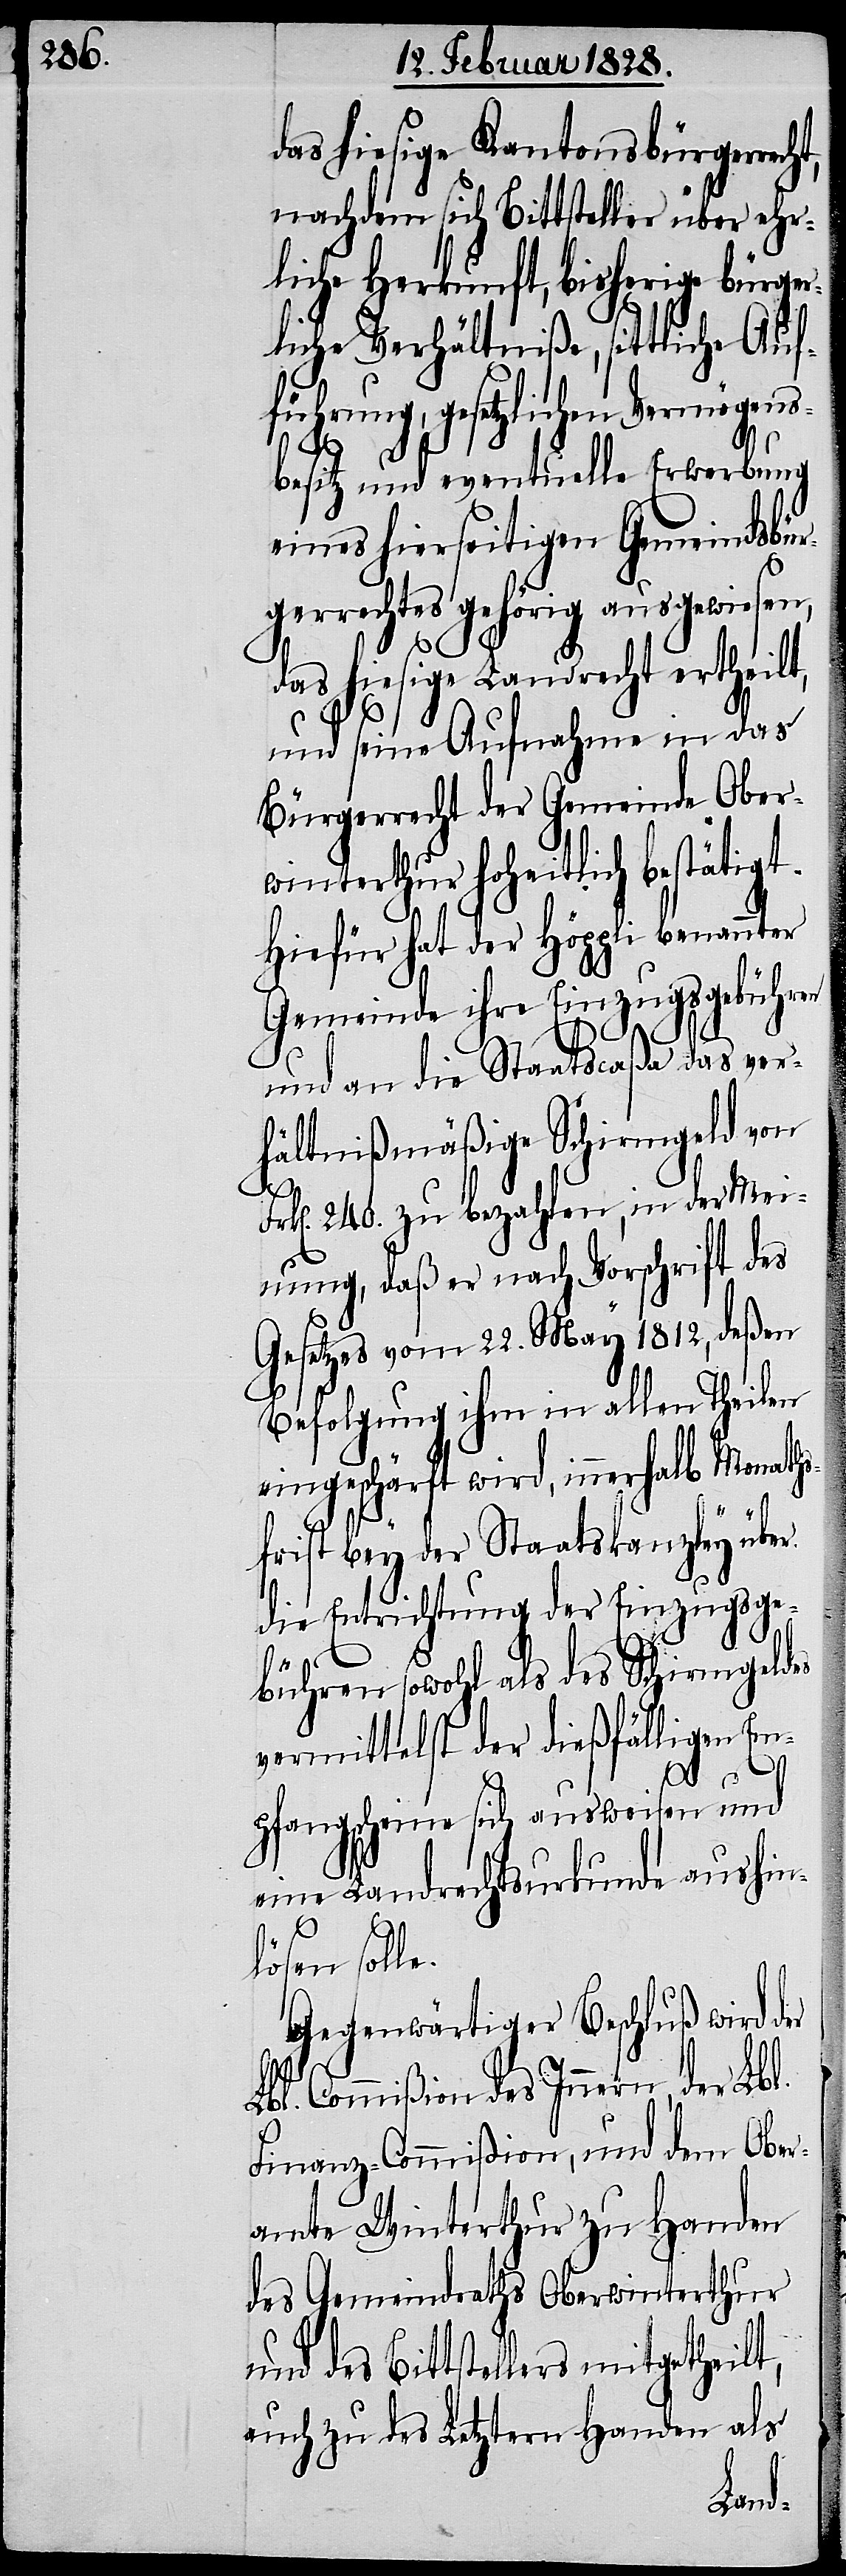
das hiesige Kantonsbürgerrech¬
nachdem sich Bittsteller über ehr¬
liche Herkunft, bisherige bürger¬
liche Verhältniße, sittliche Auf¬
führung, gesetzlichen Vermögens¬
besitz und eventuelle Erwerbung
eines hierseitigen Gemeindsbür¬
gerrechtes gehörig ausgewiesen,
das hiesige Landrecht ertheilt,
und seine Aufnahme in das
Bürgerrecht der Gemeinde Ober¬
winterthur hoheitlich bestätigt.
Hiefür hat der Höppli benannter
Gemeinde ihre Einzugebühren
und an die Staatscaßa das ver¬
hältnißmäßige Schirmgeld von
k[en]. 240. zu bezahlen, in der Mei¬
nung, daß er nach Vorschrift des
Gesetzes vom 22. May 1812, deßen
Befolgung ihm in allen Theilen
eingeschärft wird, innerhalb Monaths¬
frist bey der Staatskanzley über
die Entrichtung der Einzugsge¬
t,
bühren sowohl als des Schirmgeldes
vermittelst der dießfälligen Em¬
pfangscheine sich ausweisen und
eine Landrechtsurkunde aushin¬
lösen solle.
Gegenwärtiger Beschluß wird der
Lbl. Commißion des Innern, der
Finanz-Commißion, und dem Ober¬
amte Winterthur zu Handen
des Gemeindraths Oberwinterthur
und des Bittstellers mitgetheil¬
auch zu des Letztern Handen als
Fr¬